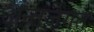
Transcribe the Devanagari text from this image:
अन्तर्जगत